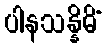
ပါနသန္နိဓိံ